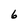
Character: 6